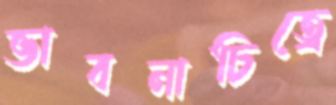
ভাবনাচিত্রে